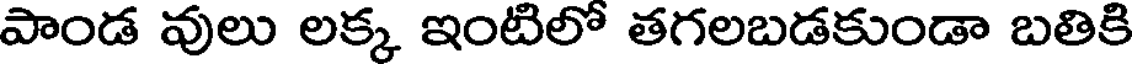
పాండ వులు లక్క ఇంటిలో తగలబడకుండా బతికి